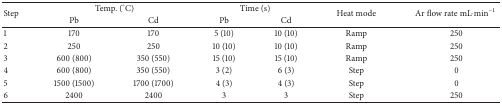
<table><thead><tr><td rowspan="2"><b>Step</b></td><td colspan="2"><b>Temp. (°C)</b></td><td colspan="2"><b>Time (s)</b></td><td rowspan="2"><b>Heat mode</b></td><td rowspan="2"><b>Ar flow rate mL·min<sup>−1</sup></b></td></tr><tr><td><b>Pb</b></td><td><b>Cd</b></td><td><b>Pb</b></td><td><b>Cd</b></td></tr></thead><tbody><tr><td>1</td><td>170 </td><td>170</td><td>5 (10)</td><td>10 (10)</td><td>Ramp </td><td>250</td></tr><tr><td>2</td><td>250 </td><td>250</td><td>10 (10)</td><td>10 (10)</td><td>Ramp </td><td>250</td></tr><tr><td>3</td><td>600 (800)</td><td>350 (550)</td><td>15 (10)</td><td>15 (10)</td><td>Ramp </td><td>250</td></tr><tr><td>4</td><td>600 (800)</td><td>350 (550)</td><td>3 (2)</td><td>6 (3)</td><td>Step </td><td>0</td></tr><tr><td>5</td><td>1500 (1500)</td><td>1700 (1700)</td><td>4 (3)</td><td>4 (3)</td><td>Step </td><td>0</td></tr><tr><td>6</td><td>2400 </td><td>2400</td><td>3 </td><td>3</td><td>Step </td><td>250</td></tr></tbody></table>